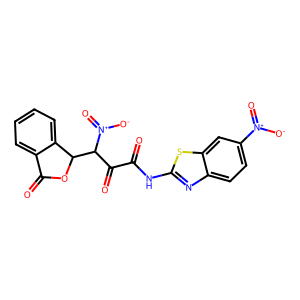
SMILES: O=C(Nc1nc2ccc([N+](=O)[O-])cc2s1)C(=O)C(C1OC(=O)c2ccccc21)[N+](=O)[O-]
Inhibits HIV replication: No